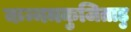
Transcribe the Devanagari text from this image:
कन्नमकुजिताडु